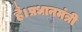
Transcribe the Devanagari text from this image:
है।प्रधानमंत्री